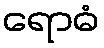
ရောဓံ